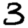
Digit: 3